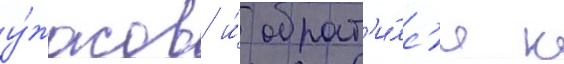
у́жасов и́ обрат'и́лс'я к